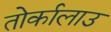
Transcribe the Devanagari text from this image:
तोर्कालाउ